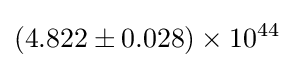
(4.822\pm 0.028)\times 10^{44}